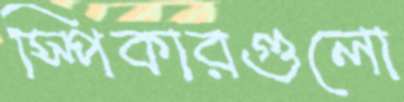
স্পিকারগুলো